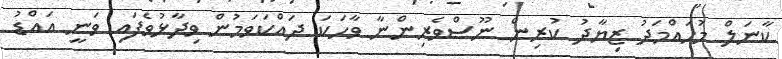
ކާނަލް މުހައްމަދު ޒިޔާދު ކުރިން ނޫސްވެރިންނާ ވާހަކަ ދައްކަވަމުން ވިދާޅުވެފައި ވަނީ އައްޑު